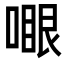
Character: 𠽗